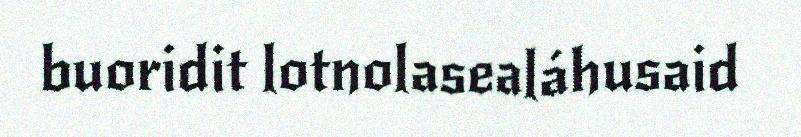
buoridit lotnolasealáhusaid